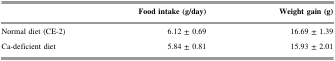
|  | Food intake (g/day) | Weight gain (g) |
 | --- | --- | --- |
 | Normal diet (CE-2) | 6.12 ± 0.69 | 16.69 ± 1.39 |
 | Ca-deficient diet | 5.84 ± 0.81 | 15.93 ± 2.01 |